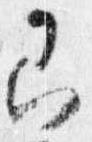
即